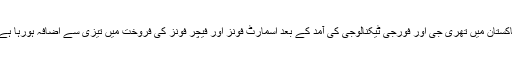
پاکستان میں تھری جی اور فورجی ٹیکنالوجی کی آمد کے بعد اسمارٹ فونز اور فیچر فونز کی فروخت میں تیزی سے اضافہ ہورہا ہے۔